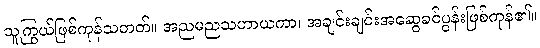
သူကြွယ်ဖြစ်ကုန်သတတ်။ အညမညသဟာယကာ၊ အချင်းချင်းအဆွေခင်ပွန်းဖြစ်ကုန်၏။